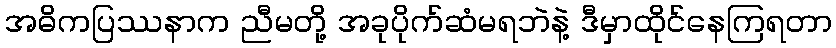
အဓိကပြဿနာက ညီမတို့ အခုပိုက်ဆံမရဘဲနဲ့ ဒီမှာထိုင်နေကြရတာ